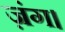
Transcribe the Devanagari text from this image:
ज़ंग।